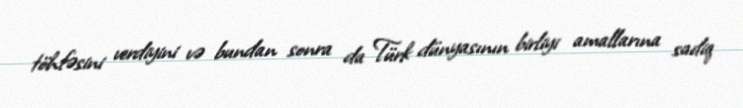
töhfəsini verdiyini və bundan sonra da Türk dünyasının birliyi amallarına sadiq